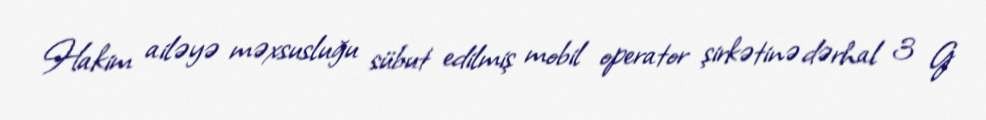
Hakim ailəyə məxsusluğu sübut edilmiş mobil operator şirkətinə dərhal 3 G